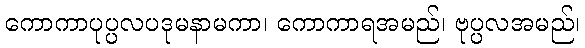
ကောကာပုပ္ပလပဒုမနာမကာ၊ ကောကာရအမည်၊ ဗုပ္ပလအမည်၊